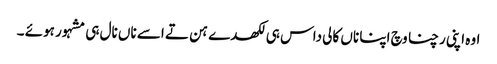
اوہ اپنی رچنا وچ اپنا ناں کالی داس ہی لکھدے ہن تے اسے ناں نال ہی مشہور ہوئے ۔